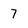
Character: 7